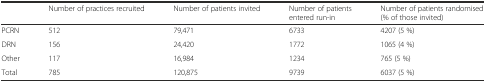
<table><thead><tr><td></td><td><b>Number of practices recruited</b></td><td><b>Number of patients invited</b></td><td><b>Number of patients entered run-in</b></td><td><b>Number of patients randomised (% of those invited)</b></td></tr></thead><tbody><tr><td>PCRN</td><td>512</td><td>79,471</td><td>6733</td><td>4207 (5 %)</td></tr><tr><td>DRN</td><td>156</td><td>24,420</td><td>1772</td><td>1065 (4 %)</td></tr><tr><td>Other</td><td>117</td><td>16,984</td><td>1234</td><td>765 (5 %)</td></tr><tr><td>Total</td><td>785</td><td>120,875</td><td>9739</td><td>6037 (5 %)</td></tr></tbody></table>